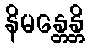
နိမန္တေန္တိ